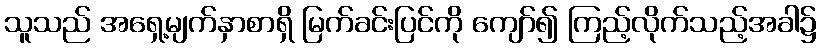
သူသည် အရှေ့မျက်နှာစာရှိ မြက်ခင်းပြင်ကို ကျော်၍ ကြည့်လိုက်သည့်အခါ၌